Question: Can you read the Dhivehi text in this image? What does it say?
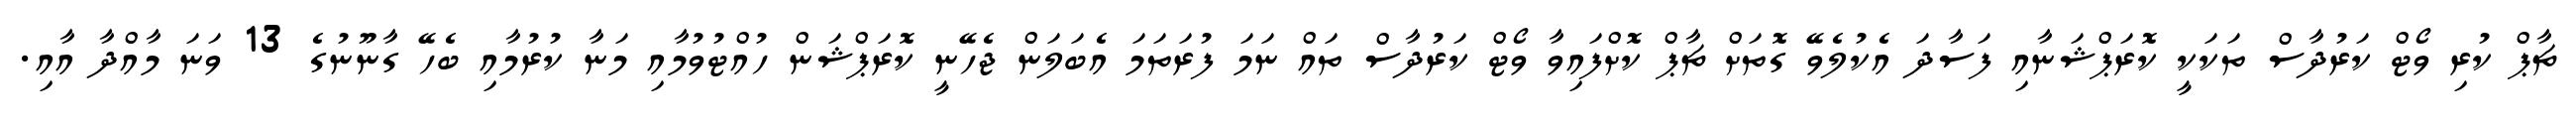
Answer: ޗާޕް ކުރި ވޯޓް ކަރުދާސް ތަކަކީ ކޮރަޕްޝަނާއި ފަސާދަ އެކުލެވޭ ގޮތަށް ޗާޕް ކޮށްފައިވާ ވޯޓް ކަރުދާސް ތައް ނަމަ ފުރަތަމަ އެބަލަން ޖެހޭނީ ކޮރަޕްޝަން ހުއްޓުވުމާއި މަނާ ކުރުމާއި ބެހޭ ގާނޫނުގެ 13 ވަނަ މާއްދާ އާއި.